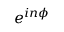
e ^ { i n \phi }